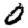
Digit: 0